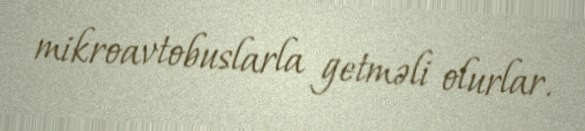
mikroavtobuslarla getməli olurlar.